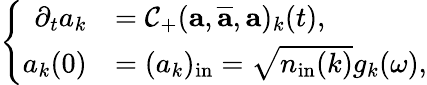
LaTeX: \left\{ \begin{array}{rl}{\partial_{t}a_{k}}&{=\mathcal C_{+}(\textit{\textbf{a}},\overline{{\textit{\textbf{a}}}},\textit{\textbf{a}})_{k}(t),}\\ {a_{k}(0)}&{=(a_{k})_{\mathrm{in}}=\sqrt{n_{\mathrm{in}}(k)}g_{k}(\omega),}\end{array}\right.